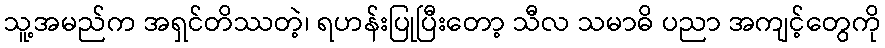
သူ့အမည်က အရှင်တိဿတဲ့၊ ရဟန်းပြုပြီးတော့ သီလ သမာဓိ ပညာ အကျင့်တွေကို